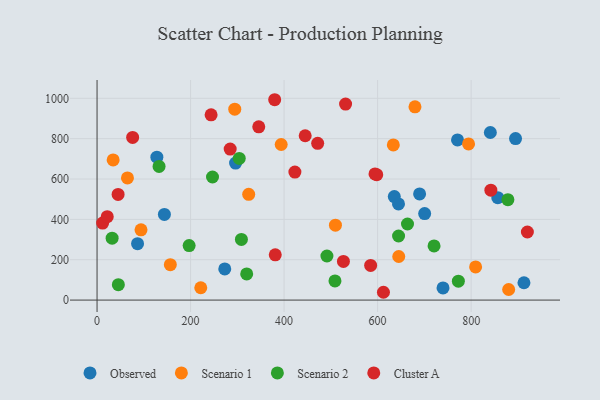
{"axis": {"x": "Distance", "y": "Demand"}, "legend": ["Cluster A", "Observed", "Scenario 1", "Scenario 2"], "data": [{"x": "770.9", "y": 793.8, "type": "Observed"}, {"x": "296.2", "y": 679.0, "type": "Observed"}, {"x": "841.1", "y": 830.6, "type": "Observed"}, {"x": "857.0", "y": 507.4, "type": "Observed"}, {"x": "144.0", "y": 424.4, "type": "Observed"}, {"x": "127.9", "y": 708.2, "type": "Observed"}, {"x": "895.0", "y": 800.4, "type": "Observed"}, {"x": "273.1", "y": 154.3, "type": "Observed"}, {"x": "635.7", "y": 513.2, "type": "Observed"}, {"x": "689.8", "y": 526.2, "type": "Observed"}, {"x": "739.9", "y": 60.2, "type": "Observed"}, {"x": "700.6", "y": 428.9, "type": "Observed"}, {"x": "644.7", "y": 476.7, "type": "Observed"}, {"x": "86.6", "y": 279.7, "type": "Observed"}, {"x": "913.0", "y": 85.9, "type": "Observed"}, {"x": "294.5", "y": 946.0, "type": "Scenario 1"}, {"x": "34.4", "y": 694.8, "type": "Scenario 1"}, {"x": "324.3", "y": 524.3, "type": "Scenario 1"}, {"x": "880.3", "y": 52.4, "type": "Scenario 1"}, {"x": "794.5", "y": 774.0, "type": "Scenario 1"}, {"x": "809.6", "y": 164.2, "type": "Scenario 1"}, {"x": "633.6", "y": 768.9, "type": "Scenario 1"}, {"x": "645.2", "y": 216.0, "type": "Scenario 1"}, {"x": "221.8", "y": 61.1, "type": "Scenario 1"}, {"x": "679.9", "y": 957.7, "type": "Scenario 1"}, {"x": "65.0", "y": 605.6, "type": "Scenario 1"}, {"x": "94.0", "y": 348.1, "type": "Scenario 1"}, {"x": "509.8", "y": 371.5, "type": "Scenario 1"}, {"x": "156.7", "y": 175.5, "type": "Scenario 1"}, {"x": "393.8", "y": 771.2, "type": "Scenario 1"}, {"x": "304.1", "y": 702.1, "type": "Scenario 2"}, {"x": "663.9", "y": 377.1, "type": "Scenario 2"}, {"x": "196.9", "y": 270.1, "type": "Scenario 2"}, {"x": "308.7", "y": 300.4, "type": "Scenario 2"}, {"x": "644.8", "y": 317.7, "type": "Scenario 2"}, {"x": "772.7", "y": 93.8, "type": "Scenario 2"}, {"x": "878.6", "y": 497.7, "type": "Scenario 2"}, {"x": "491.6", "y": 218.6, "type": "Scenario 2"}, {"x": "45.5", "y": 76.5, "type": "Scenario 2"}, {"x": "132.6", "y": 662.4, "type": "Scenario 2"}, {"x": "246.9", "y": 609.9, "type": "Scenario 2"}, {"x": "32.2", "y": 306.7, "type": "Scenario 2"}, {"x": "508.8", "y": 94.9, "type": "Scenario 2"}, {"x": "320.0", "y": 129.6, "type": "Scenario 2"}, {"x": "720.7", "y": 268.2, "type": "Scenario 2"}, {"x": "920.3", "y": 337.4, "type": "Cluster A"}, {"x": "423.1", "y": 634.4, "type": "Cluster A"}, {"x": "11.9", "y": 381.6, "type": "Cluster A"}, {"x": "526.9", "y": 191.4, "type": "Cluster A"}, {"x": "381.1", "y": 224.2, "type": "Cluster A"}, {"x": "598.1", "y": 621.3, "type": "Cluster A"}, {"x": "76.1", "y": 806.4, "type": "Cluster A"}, {"x": "445.1", "y": 814.4, "type": "Cluster A"}, {"x": "842.2", "y": 544.7, "type": "Cluster A"}, {"x": "531.5", "y": 971.2, "type": "Cluster A"}, {"x": "45.0", "y": 523.6, "type": "Cluster A"}, {"x": "379.9", "y": 993.0, "type": "Cluster A"}, {"x": "345.8", "y": 858.5, "type": "Cluster A"}, {"x": "585.1", "y": 172.0, "type": "Cluster A"}, {"x": "594.4", "y": 625.3, "type": "Cluster A"}, {"x": "612.5", "y": 38.7, "type": "Cluster A"}, {"x": "284.7", "y": 748.2, "type": "Cluster A"}, {"x": "471.8", "y": 777.0, "type": "Cluster A"}, {"x": "243.9", "y": 918.0, "type": "Cluster A"}, {"x": "21.8", "y": 413.2, "type": "Cluster A"}]}